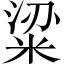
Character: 粱